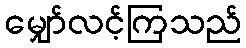
မျှော်လင့်ကြသည်